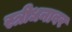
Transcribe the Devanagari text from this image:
स्त्रीधनावर